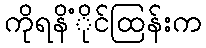
ကိုရနိံိုင်ထြန်းက